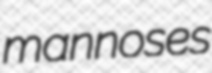
mannoses